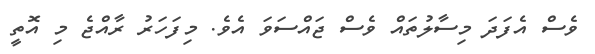
ވެސް އެފަދަ މިސާލުތައް ވެސް ޖައްސަވަ އެވެ. މިފަހަރު ރާއްޖެ މި އޮތީ